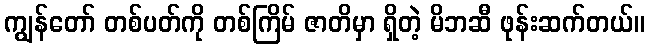
ကျွန်တော် တစ်ပတ်ကို တစ်ကြိမ် ဇာတိမှာ ရှိတဲ့ မိဘဆီ ဖုန်းဆက်တယ်။